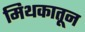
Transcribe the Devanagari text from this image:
मिथकातून